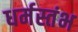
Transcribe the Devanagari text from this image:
धर्मस्तंभ